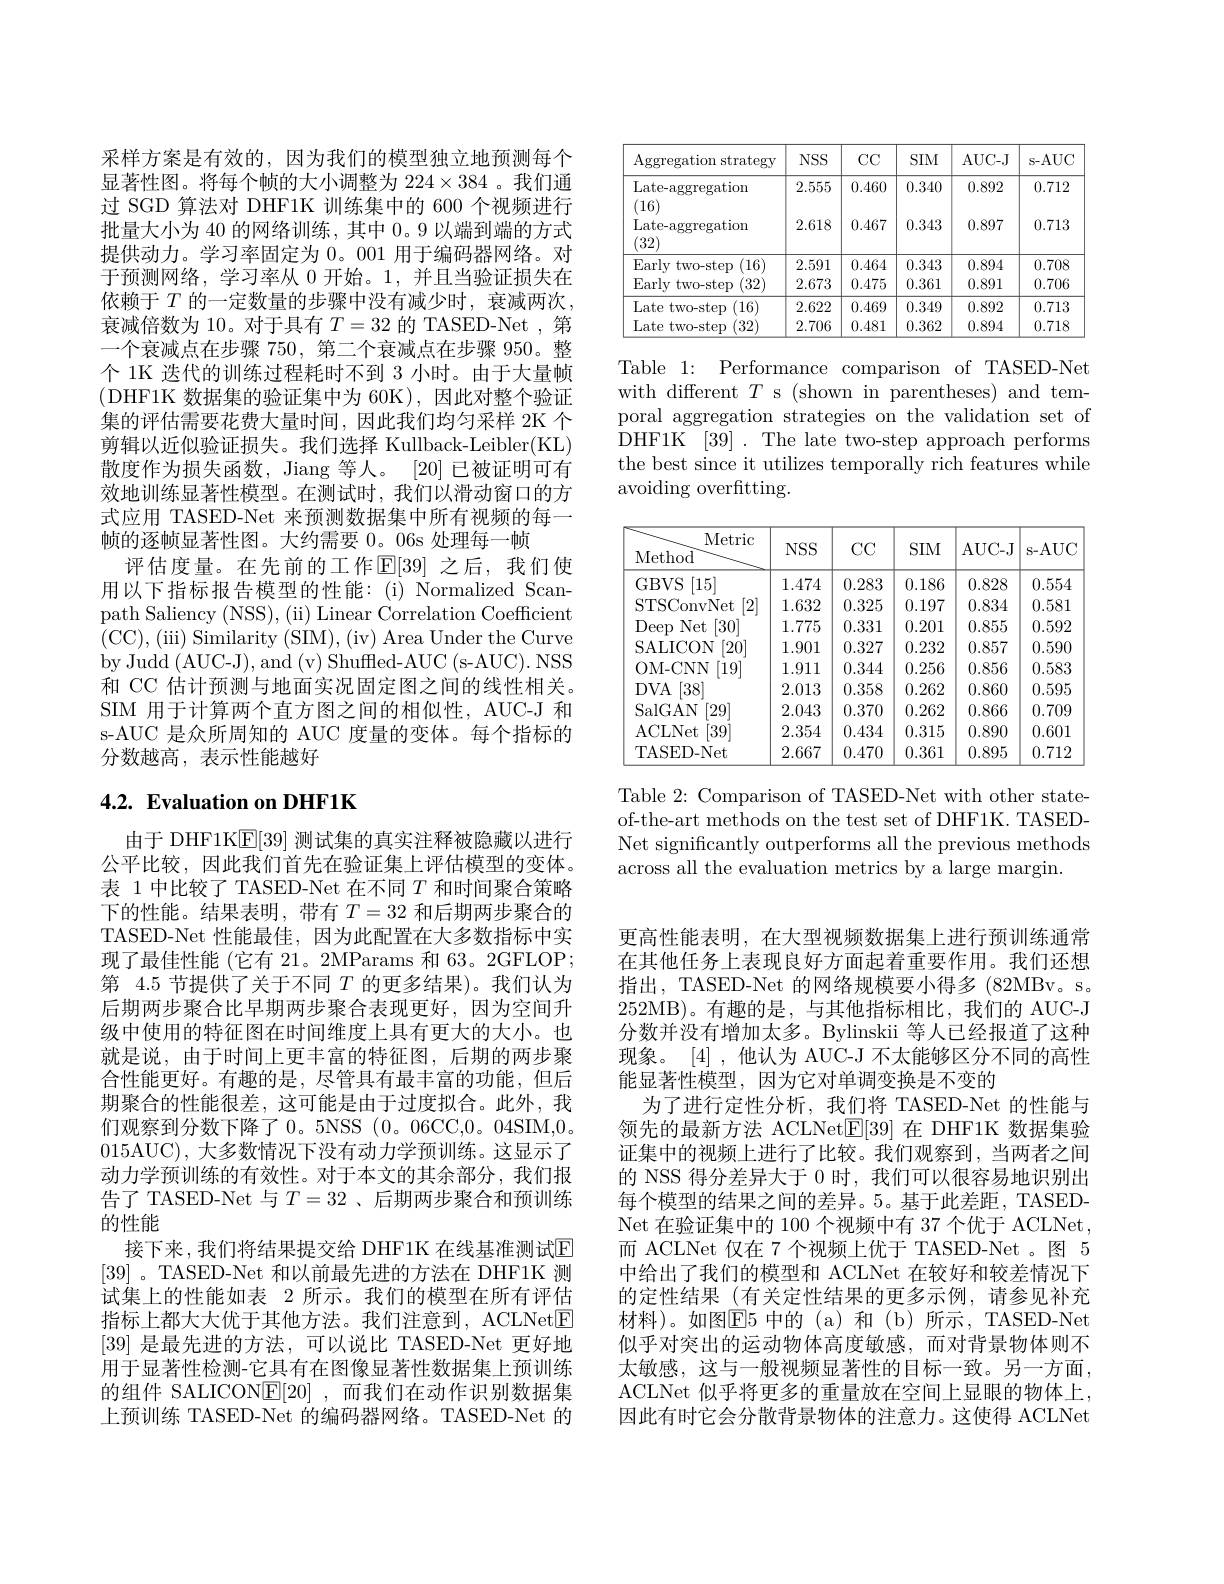
采样方案是有效的，因为我们的模型独立地预测每个显著性图。将每个帧的大小调整为$224\times384$ 。我们通过 SGD 算法对 DHF1K 训练集中的 600 个视频进行批量大小为 40 的网络训练，其中0。9 以端到端的方式提供动力。学习率固定为0。001 用于编码器网络。对于预测网络，学习率从 0 开始。1,并且当验证损失在依赖于$T$ 的一定数量的步骤中没有减少时，衰减两次， 衰减倍数为 10。对于具有$T=32$的 TASED-Net ,第一个衰减点在步骤 750, 第二个衰减点在步骤 950。整个 1K 迭代的训练过程耗时不到 3 小时。由于大量帧(DHF1K 数据集的验证集中为 60K),因此对整个验证集的评估需要花费大量时间，因此我们均匀采样 2K 个剪辑以近似验证损失。我们选择 Kullback-Leibler(KL) 散度作为损失函数，Jiang 等人。[20]已被证明可有效地训练显著性模型。在测试时，我们以滑动窗口的方式应用 TASED-Net 来预测数据集中所有视频的每一帧的逐帧显著性图。大约需要 0。06s 处理每一帧
评估度量。在先前的工作$\mathbb{E}[39]$ 之后，我们使用以下指标报告模型的性能：(i)Normalized Scanpath Saliency (NSS), (ii) Linear Correlation Coefficient (CC),(iii)Similarity(SIM),(iv)Area Under the Curve by Judd (AUC-J),and (v) Shuffled-AUC (s-AUC). NSS 和 CC 估计预测与地面实况固定图之间的线性相关。SIM 用于计算两个直方图之间的相似性，AUC-J 和s-AUC 是众所周知的 AUC 度量的变体。每个指标的分数越高，表示性能越好

# 4.2. Evaluation on DHF1K

由于 DHF1K$\mathbb{E}[39]$测试集的真实注释被隐藏以进行公平比较，因此我们首先在验证集上评估模型的变体。表 1 中比较了 TASED-Net 在不同$T$和时间聚合策略下的性能。结果表明，带有$T=32$和后期两步聚合的TASED-Net 性能最佳，因为此配置在大多数指标中实现了最佳性能 (它有 21。2MParams 和 63。2GFLOP; 第 4.5 节提供了关于不同$T$的更多结果)。我们认为后期两步聚合比早期两步聚合表现更好，因为空间升级中使用的特征图在时间维度上具有更大的大小。也就是说，由于时间上更丰富的特征图，后期的两步聚合性能更好。有趣的是，尽管具有最丰富的功能，但后期聚合的性能很差，这可能是由于过度拟合。此外，我们观察到分数下降了 0。5NSS (0。06CC,0。04SIM,0。015AUC), 大多数情况下没有动力学预训练。这显示了动力学预训练的有效性。对于本文的其余部分，我们报告了 TASED-Net 与$T=32$ 、后期两步聚合和预训练的性能
接下来，我们将结果提交给 DHF1K 在线基准测试$\overline{\mathrm{E}}$ [39] 。TASED-Net 和以前最先进的方法在 DHF1K 测试集上的性能如表 2 所示。我们的模型在所有评估指标上都大大优于其他方法。我们注意到，ACLNet$\boxed{\mathrm{E}}$ [39]是最先进的方法，可以说比 TASED-Net 更好地用于显著性检测-它具有在图像显著性数据集上预训练的组件 SALICON$\underline {\mathrm{E} }[ 20]$ ,而我们在动作识别数据集上预训练 TASED-Net 的编码器网络。TASED-Net 的

<table>
	<tbody>
		<tr>
			<th>Aggregation strategy</th>
			<th>$NSS$</th>
			<th>$CCC$</th>
			<th>SIM</th>
			<th>AUC- J</th>
			<th>s-AUC</th>
		</tr>
		<tr>
			<td>Late- aggregation (16)</td>
			<td>2.555</td>
			<td>0.460</td>
			<td>0.340</td>
			<td>0.892</td>
			<td>0.712</td>
		</tr>
		<tr>
			<td>Late- aggregation (32)</td>
			<td>2.618</td>
			<td>0.467</td>
			<td>0.343</td>
			<td>0.897</td>
			<td>0.713</td>
		</tr>
		<tr>
			<td>Earlv t two- step (16)</td>
			<td>2.591</td>
			<td>0.464</td>
			<td>0.343</td>
			<td>0.894</td>
			<td>0.708</td>
		</tr>
		<tr>
			<td>Early two- step (32)</td>
			<td>2.673</td>
			<td>0.475</td>
			<td>0.361</td>
			<td>0.891</td>
			<td>0.706</td>
		</tr>
		<tr>
			<td>Late two-step ) (16)</td>
			<td>2.622</td>
			<td>0.469</td>
			<td>0.349</td>
			<td>0.892</td>
			<td>0.713</td>
		</tr>
		<tr>
			<td>Late two- step (32)</td>
			<td>2.706</td>
			<td>0.481</td>
			<td>0.362</td>
			<td>0.894</td>
			<td>0.718</td>
		</tr>
	</tbody>
</table>

Table 1: Performance comparison of TASED-Net with different $T$ s (shown in parentheses) and temporal aggregation strategies on the validation set of DHF1K [39]. The late two-step approach performs the best since it utilizes temporally rich features while avoiding overfitting.

<table>
	<tbody>
		<tr>
			<th>Metric Method</th>
			<th>$NSS$</th>
			<th>$CC$</th>
			<th>SIM</th>
			<th>AUC- J</th>
			<th>s- AUC</th>
		</tr>
		<tr>
			<td>GBVS [15]</td>
			<td>1.474</td>
			<td>0.283</td>
			<td>0.186</td>
			<td>0.828</td>
			<td>0.554</td>
		</tr>
		<tr>
			<td>STSConvNet [2]</td>
			<td>1.632</td>
			<td>0.325</td>
			<td>0.197</td>
			<td>0.834</td>
			<td>0.581</td>
		</tr>
		<tr>
			<td>Deep Net [30]</td>
			<td>1.775</td>
			<td>0.331</td>
			<td>0.201</td>
			<td>0.855</td>
			<td>0.592</td>
		</tr>
		<tr>
			<td>SALICON [20]</td>
			<td>1.901</td>
			<td>0.327</td>
			<td>0.232</td>
			<td>0.857</td>
			<td>0.590</td>
		</tr>
		<tr>
			<td>OM- CNN [19]</td>
			<td>1.911</td>
			<td>0.344</td>
			<td>0.256</td>
			<td>0.856</td>
			<td>0.583</td>
		</tr>
		<tr>
			<td>$DVA$ [38]</td>
			<td>2.013</td>
			<td>0.358</td>
			<td>0.262</td>
			<td>0.860</td>
			<td>0.595</td>
		</tr>
		<tr>
			<td>SalGAN [29]</td>
			<td>2.043</td>
			<td>0.370</td>
			<td>0.262</td>
			<td>0.866</td>
			<td>0.709</td>
		</tr>
		<tr>
			<td>ACLNet [39]</td>
			<td>2.354</td>
			<td>0.434</td>
			<td>0.315</td>
			<td>0.890</td>
			<td>0.601</td>
		</tr>
		<tr>
			<td>TASED-Net</td>
			<td>2.667</td>
			<td>0.470</td>
			<td>0.361</td>
			<td>0.895</td>
			<td>0.712</td>
		</tr>
	</tbody>
</table>

Table 2: Comparison of TASED-Net with other stateof-the-art methods on the test set of DHF1K. TASEDNet significantly outperforms all the previous methods across all the evaluation metrics by a large margin.

更高性能表明，在大型视频数据集上进行预训练通常在其他任务上表现良好方面起着重要作用。我们还想指出，TASED-Net 的网络规模要小得多 (82MBv。s。252MB)。有趣的是，与其他指标相比，我们的 AUC-J 分数并没有增加太多。Bylinskii 等人已经报道了这种现象。[4],他认为 AUC-J 不太能够区分不同的高性能显著性模型，因为它对单调变换是不变的
为了进行定性分析，我们将 TASED-Net 的性能与领先的最新方法 ACLNet$\boxed{\mathrm{E}}[39]$在 DHF1K 数据集验证集中的视频上进行了比较。我们观察到，当两者之间的 NSS 得分差异大于 0 时，我们可以很容易地识别出每个模型的结果之间的差异。5。基于此差距，TASED- $\operatorname{Net}$在验证集中的 100 个视频中有 37 个优于 ACLNet, 而 ACLNet 仅在 7 个视频上优于 TASED-Net 。图 5中给出了我们的模型和 ACLNet 在较好和较差情况下的定性结果(有关定性结果的更多示例，请参见补充材料)。如图$\overline{\mathrm{E}}$5 中的(a)和(b)所示，TASED-Net 似乎对突出的运动物体高度敏感，而对背景物体则不太敏感，这与一般视频显著性的目标一致。另一方面， ACLNet 似乎将更多的重量放在空间上显眼的物体上， 因此有时它会分散背景物体的注意力。这使得 ACLNet